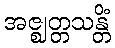
အဇ္ဈတ္တသန္တိံ